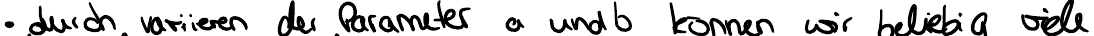
durch variieren der Parameter a und b können wir beliebig viele